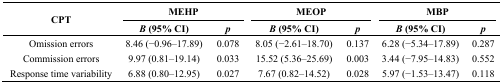
<table><thead><tr><td rowspan="2"><b>CPT</b></td><td colspan="2"><b>MEHP</b></td><td colspan="2"><b>MEOP</b></td><td colspan="2"><b>MBP</b></td></tr><tr><td><b><i>B</i> (95% CI)</b></td><td><b><i>p</i></b></td><td><b><i>B</i> (95% CI)</b></td><td><b><i>p</i></b></td><td><b><i>B</i> (95% CI)</b></td><td><b><i>p</i></b></td></tr></thead><tbody><tr><td>Omission errors</td><td>8.46 (−0.96–17.89)</td><td>0.078</td><td>8.05 (−2.61–18.70)</td><td>0.137</td><td>6.28 (−5.34–17.89)</td><td>0.287</td></tr><tr><td>Commission errors</td><td>9.97 (0.81–19.14)</td><td>0.033</td><td>15.52 (5.36–25.69)</td><td>0.003</td><td>3.44 (−7.95–14.83)</td><td>0.552</td></tr><tr><td>Response time variability</td><td>6.88 (0.80–12.95)</td><td>0.027</td><td>7.67 (0.82–14.52)</td><td>0.028</td><td>5.97 (−1.53–13.47)</td><td>0.118</td></tr></tbody></table>